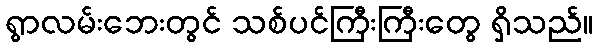
ရွာလမ်းဘေးတွင် သစ်ပင်ကြီးကြီးတွေ ရှိသည်။